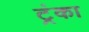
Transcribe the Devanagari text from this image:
ट्रंका